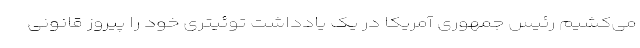
می‌کشیم رئیس جمهوری آمریکا در یک یادداشت توئیتری خود را پیروز قانونی